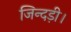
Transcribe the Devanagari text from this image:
जिन्दड़ी।